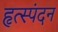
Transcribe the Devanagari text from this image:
हृत्स्पंदन